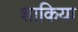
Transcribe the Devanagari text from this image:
शाकिया